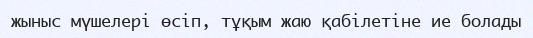
жыныс мүшелері өсіп, тұқым жаю қабілетіне ие болады